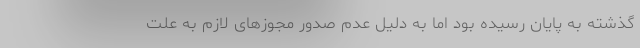
گذشته به پایان رسیده بود اما به دلیل عدم صدور مجوزهای لازم به علت